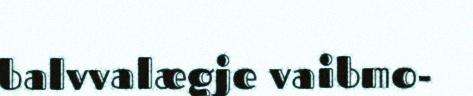
balvvalægje vaibmo-